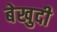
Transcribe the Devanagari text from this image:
बेखुदी